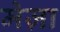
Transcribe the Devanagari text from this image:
मेज़ा